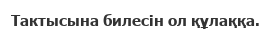
Тактысына билесін ол құлаққа.